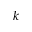
k